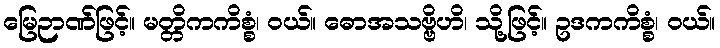
မြေဉာဏ်ဖြင့်။ မတ္တိကကိစ္စံ၊ ဝယ်။ ဓောအသဗ္ဗိဟိ၊ သို့ဖြင့်။ ဥဒကကိစ္စံ၊ ဝယ်။